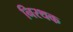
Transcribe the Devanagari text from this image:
निरथक